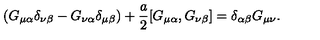
( G _ { \mu \alpha } \delta _ { \nu \beta } - G _ { \nu \alpha } \delta _ { \mu \beta } ) + \frac { a } { 2 } [ G _ { \mu \alpha } , G _ { \nu \beta } ] = \delta _ { \alpha \beta } G _ { \mu \nu } .